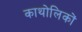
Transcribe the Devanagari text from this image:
काथोलिकों